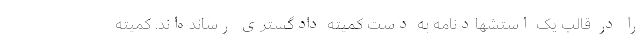
را در قالب یک استشهادنامه به دست کمیته دادگستری رسانده‌اند. کمیته